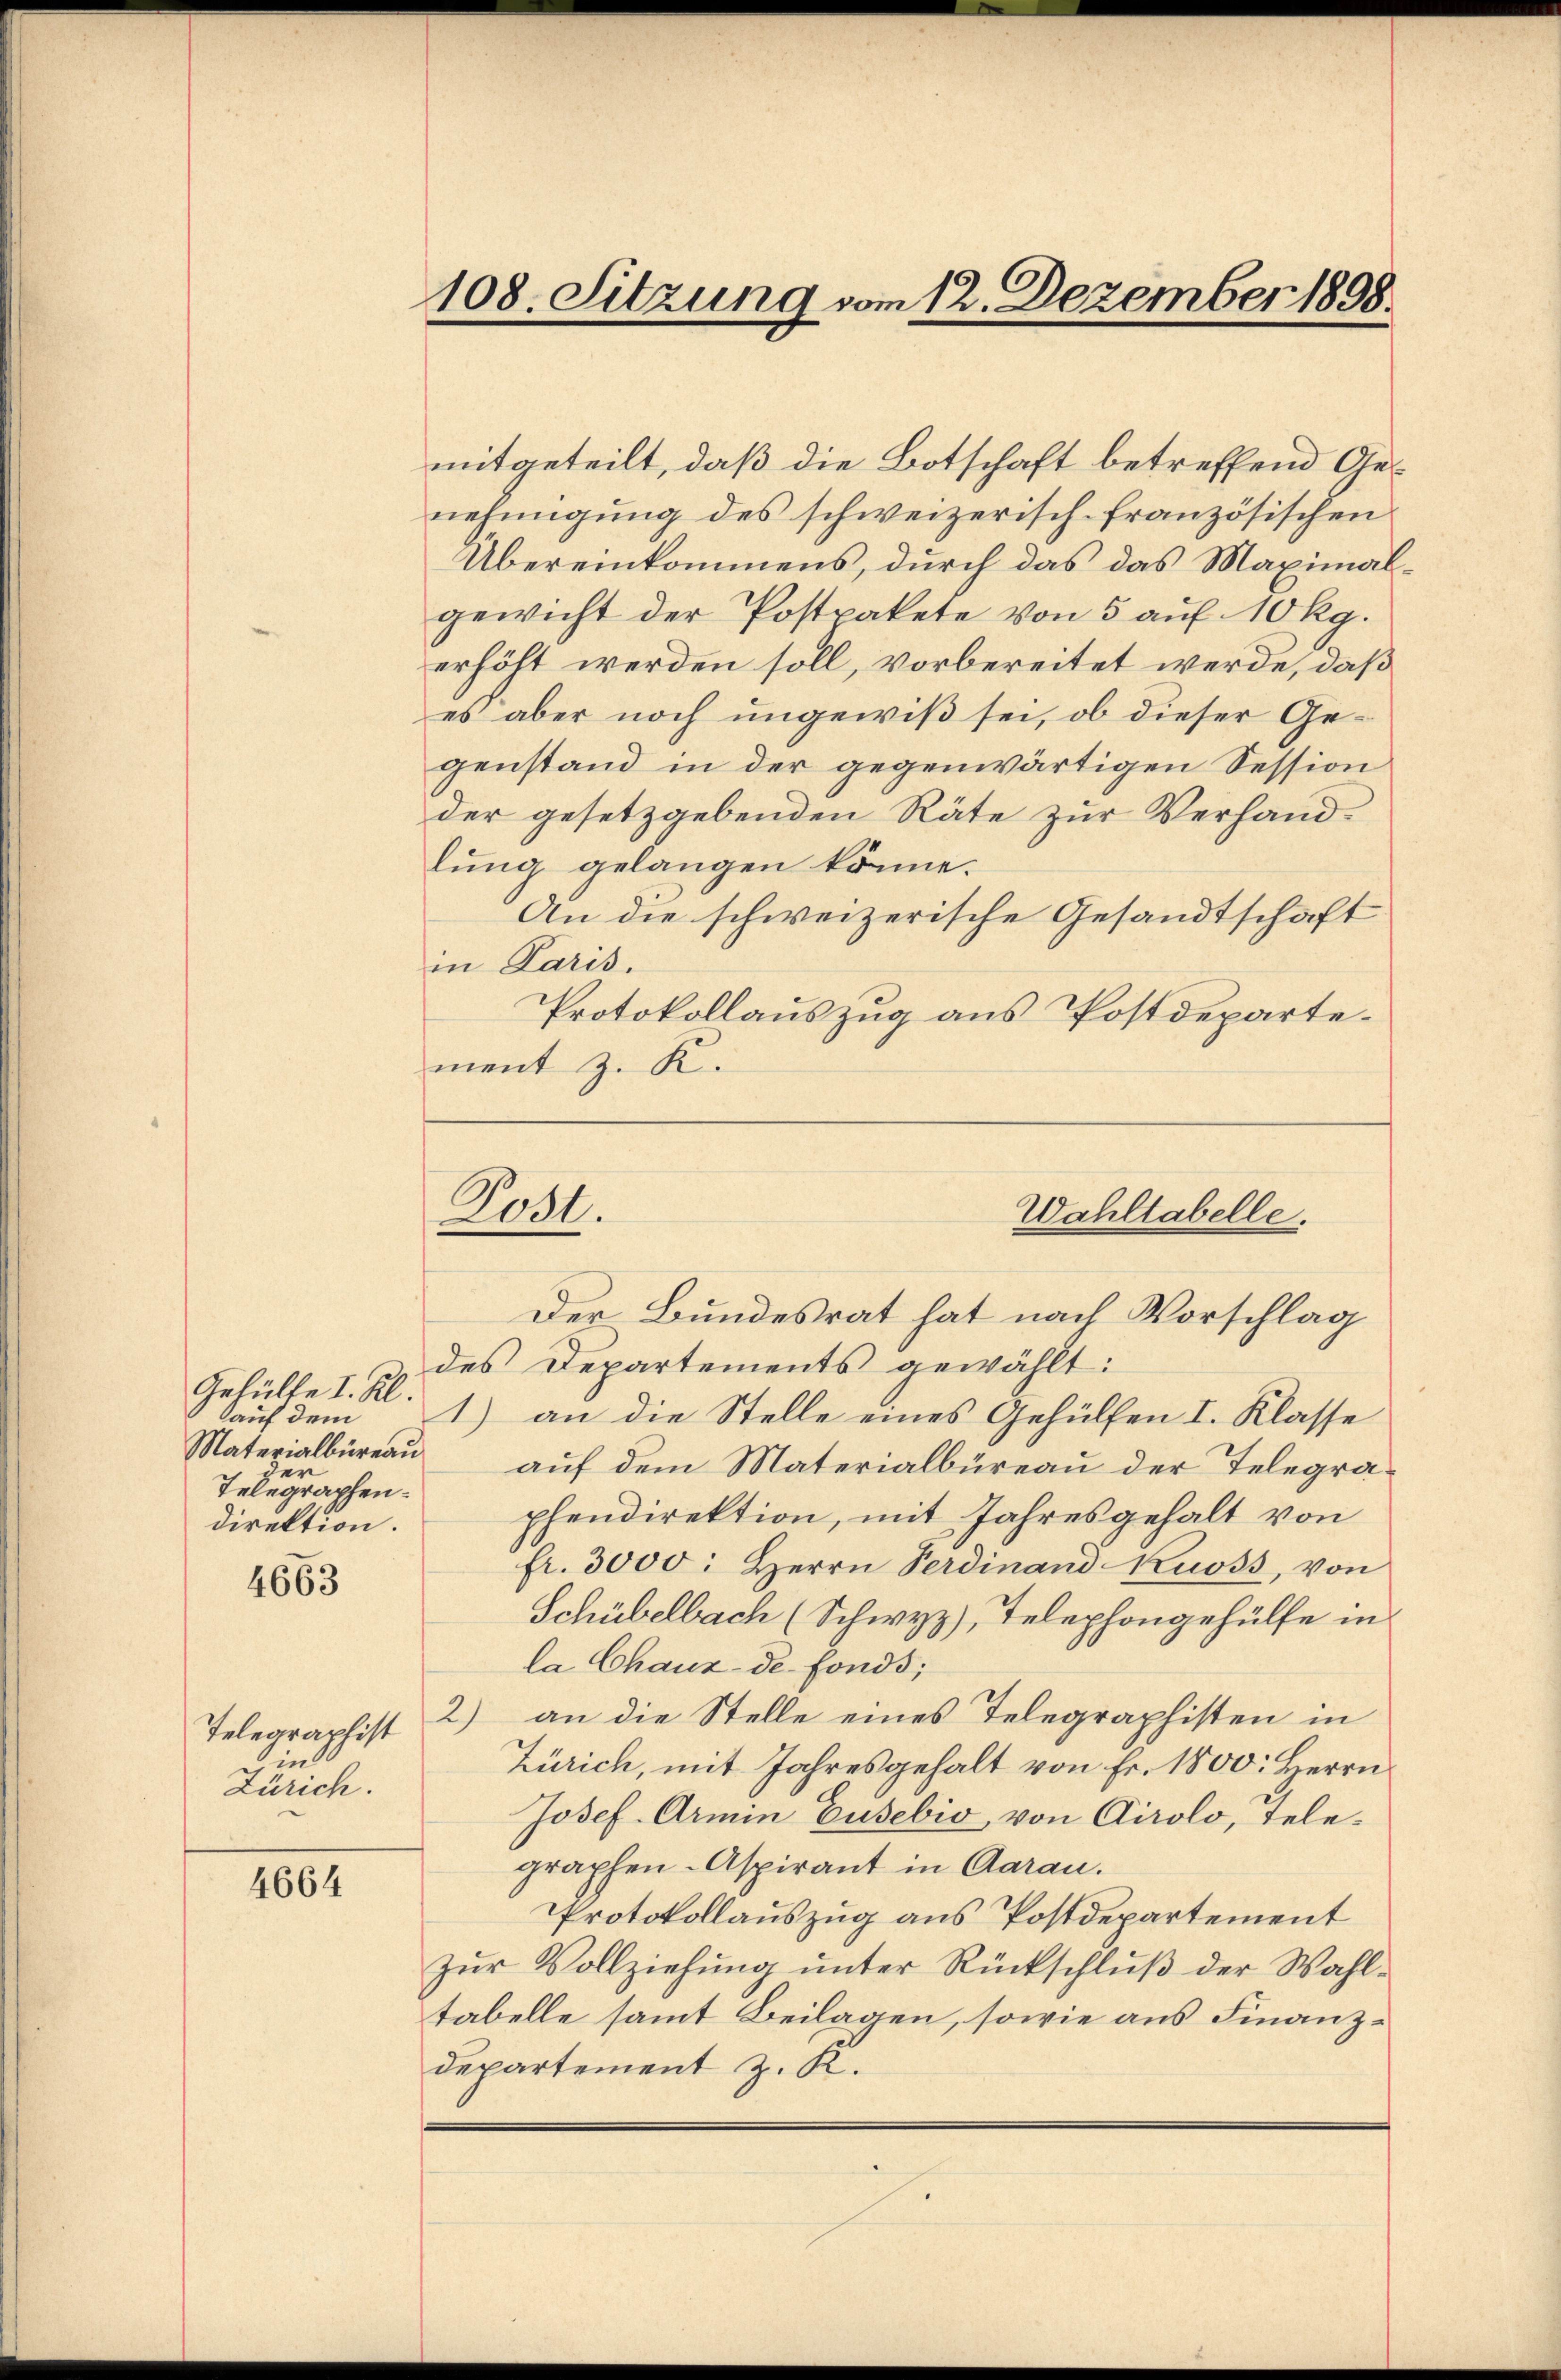
Gehülfe I. Kl.
auf dem
Materialbüreau
der
Telegraphen.
direktion.

4663

Telegraphist
d
Zürich.

4664

108. Sitzung vom 12. Dezember 1898.

mitgeteilt, daß die Botschaft betreffend Genehmigung des schweizerisch-französischen
Übereinkommens, durch das das Maximalgewicht der Postpakete von 5 auf 10 kg.
erhöht werden soll, vorbereitet werde, daß
es aber noch ungewiß sei, ob dieser Gegenstand in der gegenwärtigen Session
der gesetzgebenden Räte zur Verhandlung gelangen könne.
An die schweizerische Gesandtschaft
in Paris.
Protokollauszug aus Postdepartement z. R.

Rost.

Wahltabelle.

Der Bundesrat hat nach Vorschlag
des Departements gewählt:
1) an die Stelle eines Gehülfen I. Klasse
auf dem Materialbüreau der Telegraphendirektion, mit Jahresgehalt von
fr. 3000: Herrn Verdinand Ruoss, von
Schübelbach (Schwyz, Telephongehülfe in
la Chaux-de-Fonds;
2) an die Stelle eines Telegraphisten in
Zürich, mit Jahresgehalt von Fr. 1800. Herrn
Josef. Armin Eusebio, von Airolo, Telegraphen- Aspirant in Aarau.
Protokollauszug aus Postdepartement
Zŭr Vollziehung unter Rückschluß der Wahltabelle samt Beilagen, sowie aus Finanz¬
Departement z. K.